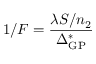
1 / F = \frac { \lambda S / n _ { 2 } } { \Delta _ { \mathrm { G P } } ^ { * } }